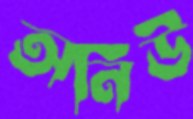
অনিউ